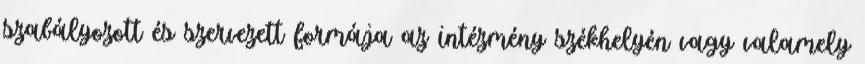
szabályozott és szervezett formája az intézmény székhelyén vagy valamely